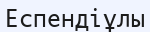
Еспендіұлы